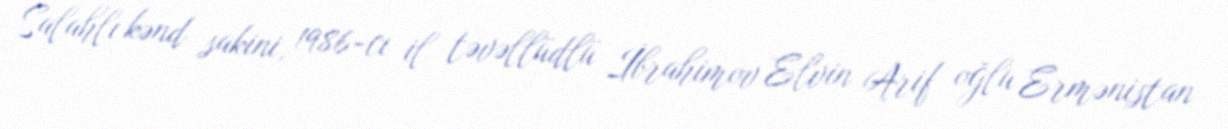
Salahlı kənd sakini, 1986-cı il təvəllüdlü İbrahimov Elvin Arif oğlu Ermənistan